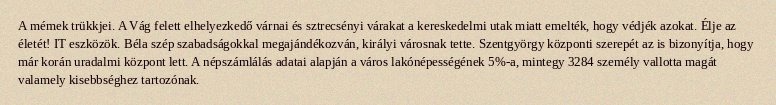
A mémek trükkjei. A Vág felett elhelyezkedő várnai és sztrecsényi várakat a kereskedelmi utak miatt emelték, hogy védjék azokat. Élje az életét! IT eszközök. Béla szép szabadságokkal megajándékozván, királyi városnak tette. Szentgyörgy központi szerepét az is bizonyítja, hogy már korán uradalmi központ lett. A népszámlálás adatai alapján a város lakónépességének 5%-a, mintegy 3284 személy vallotta magát valamely kisebbséghez tartozónak.